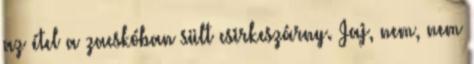
az étel a zacskóban sült csirkeszárny. Jaj, nem, nem